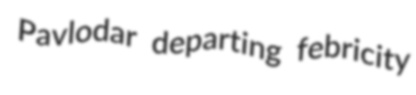
Pavlodar departing febricity